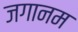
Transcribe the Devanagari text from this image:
जगानम